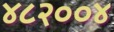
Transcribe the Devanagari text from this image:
४८२००४